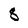
Character: 8